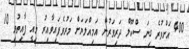
400 އަށްވުރެ ގިނަ ސްކޫލް ދަރިވަރުން އަމިއްލަޔަށް މަރުވެފައިވާއިރު މިއީ ފާއިތުވި 10